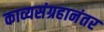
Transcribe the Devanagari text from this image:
काव्यसंग्रहानंतर